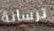
ترسانة